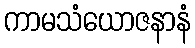
ကာမသံယောဇနာနံ